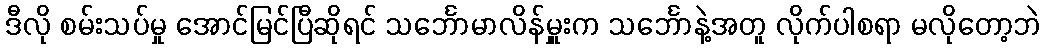
ဒီလို စမ်းသပ်မှု အောင်မြင်ပြီဆိုရင် သင်္ဘောမာလိန်မှူးက သင်္ဘောနဲ့အတူ လိုက်ပါစရာ မလိုတော့ဘဲ